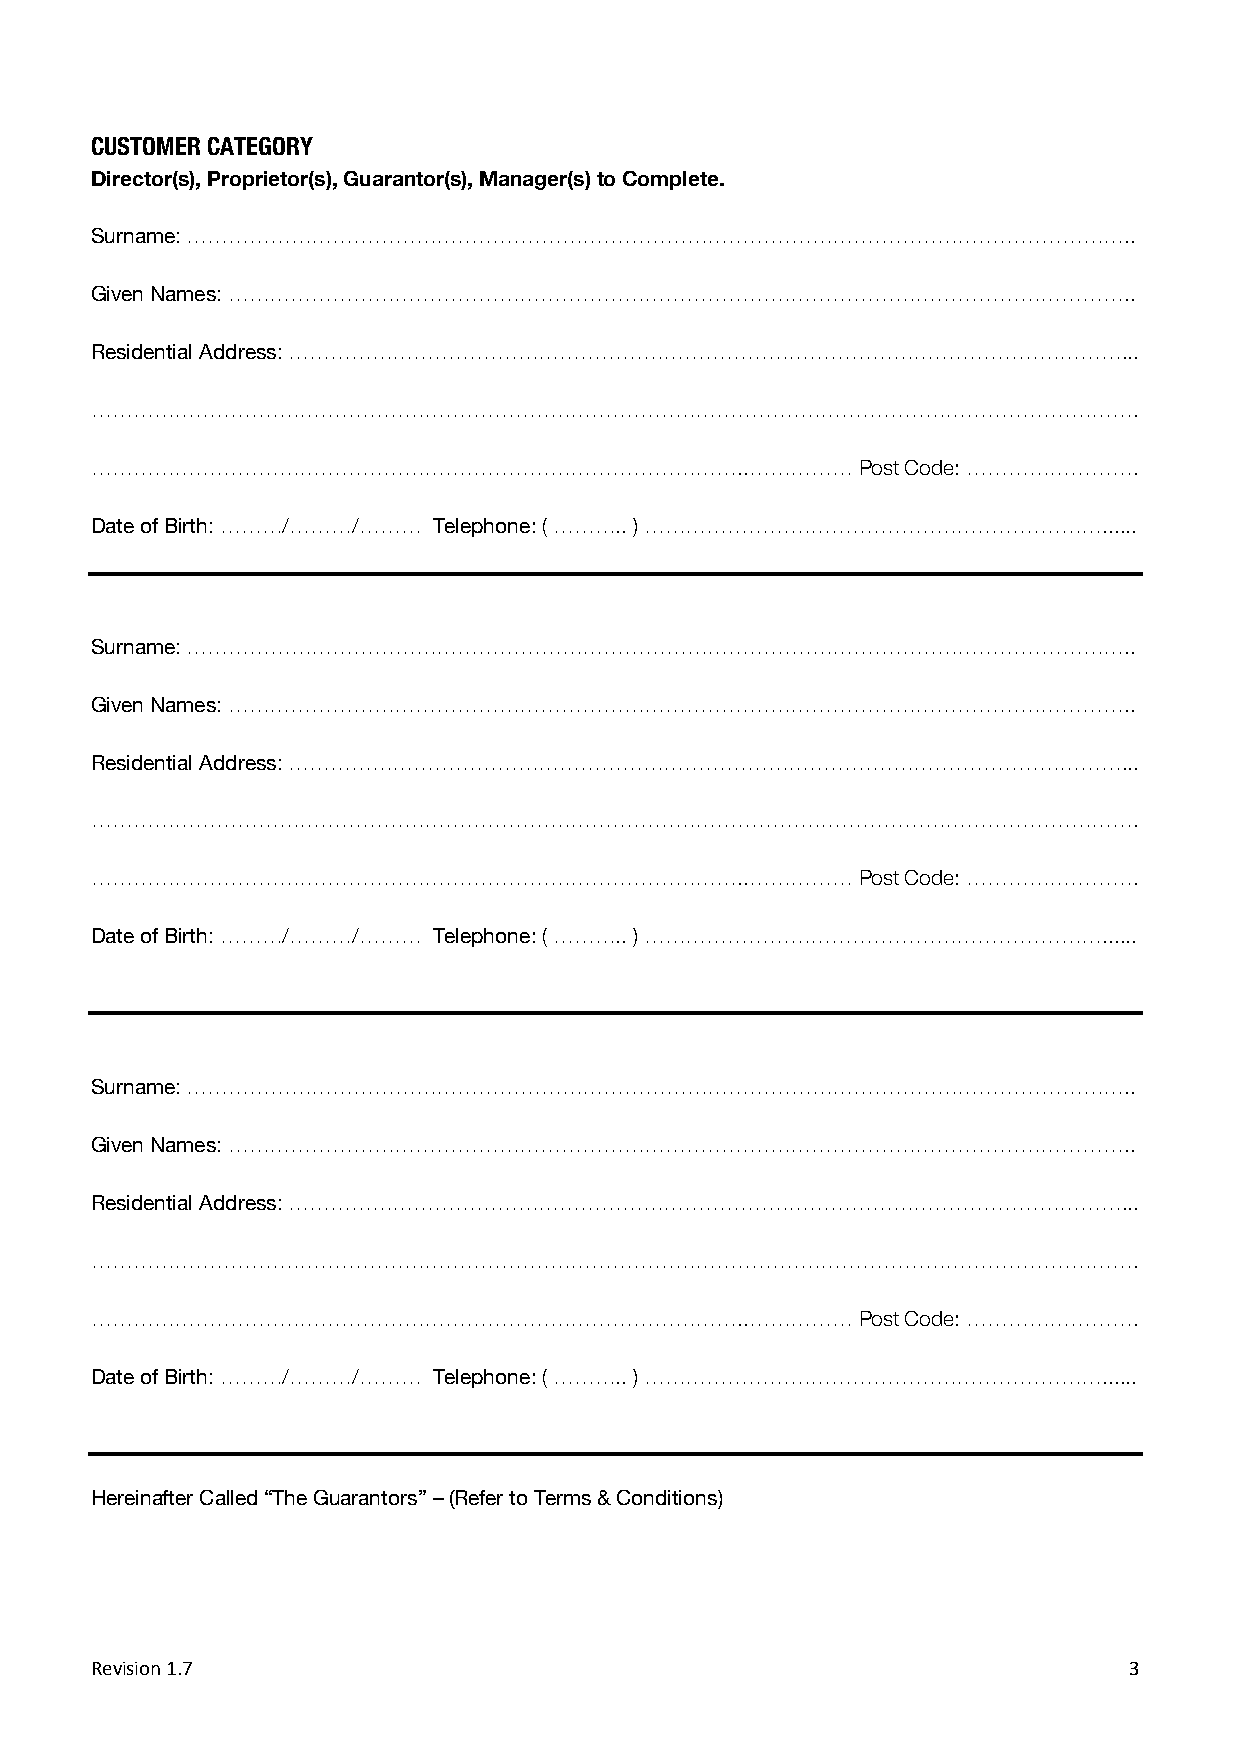
CUSTOMER CATEGORY
 Director(s), Proprietor(s), Guarantor(s), Manager(s) to Complete.
 Surname: ………………………………………………………………………………………………………………………..
 Given Names: …………………………………………………………………………………………………………………..
 Residential Address: …………………………………………………………………………………………………………...
 …………………………………………………………………………………………………………………………………….
 …………………………………………………………………………………..……………             Post Code: …………………….
 Date of Birth: ………/………/……… Telephone: ( ……….. ) …………………………………………………………......
 Surname: ………………………………………………………………………………………………………………………..
 Given Names: …………………………………………………………………………………………………………………..
 Residential Address: …………………………………………………………………………………………………………...
 …………………………………………………………………………………………………………………………………….
 …………………………………………………………………………………..……………             Post Code: …………………….
 Date of Birth: ………/………/……… Telephone: ( ……….. ) …………………………………………………………......
 Surname: ………………………………………………………………………………………………………………………..
 Given Names: …………………………………………………………………………………………………………………..
 Residential Address: …………………………………………………………………………………………………………...
 …………………………………………………………………………………………………………………………………….
 …………………………………………………………………………………..……………             Post Code: …………………….
 Date of Birth: ………/………/……… Telephone: ( ……….. ) …………………………………………………………......
 Hereinafter Called “The Guarantors” – (Refer to Terms & Conditions)
 Revision 1.7                                                         3